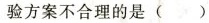
验方案不合理的是 ( )